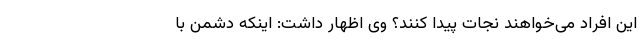
این افراد می‌خواهند نجات پیدا کنند؟ وی اظهار داشت: اینکه دشمن با